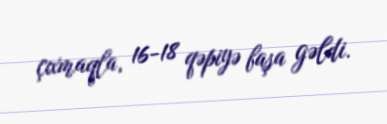
çıxmaqla, 16-18 qəpiyə başa gəldi.